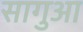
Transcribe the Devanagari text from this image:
सागुआ